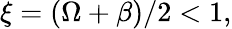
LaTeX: \xi=(\Omega+\beta)/2<1,